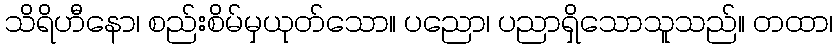
သိရိဟီနော၊ စည်းစိမ်မှယုတ်သော။ ပညော၊ ပညာရှိသောသူသည်။ တထာ၊